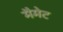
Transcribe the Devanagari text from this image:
मैमेट